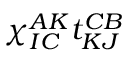
\chi _ { I C } ^ { A K } t _ { K J } ^ { C B }